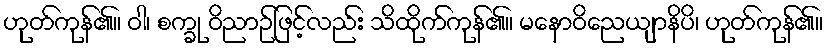
ဟုတ်ကုန်၏။ ဝါ၊ စက္ခု ဝိညာဉ်ဖြင့်လည်း သိထိုက်ကုန်၏။ မနောဝိညေယျာနိပိ၊ ဟုတ်ကုန်၏။